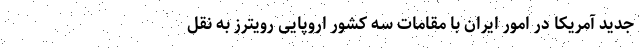
جدید آمریکا در امور ایران با مقامات سه کشور اروپایی رویترز به نقل